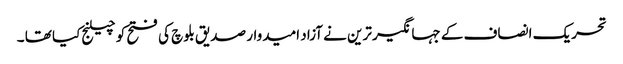
تحریک انصاف کے جہانگیر ترین نے آزاد امیدوار صدیق بلوچ کی فتح کو چیلنج کیا تھا ۔